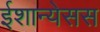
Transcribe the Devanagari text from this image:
ईशान्येसस